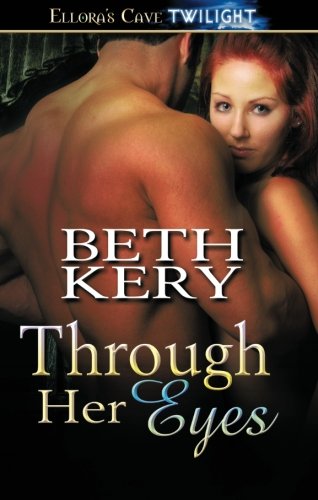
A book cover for Through Her Eyes: Ellora's Cave; Beth Kery; Romance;